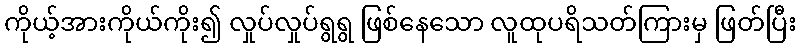
ကိုယ့်အားကိုယ်ကိုး၍ လှုပ်လှုပ်ရွရွ ဖြစ်နေသော လူထုပရိသတ်ကြားမှ ဖြတ်ပြီး